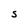
Character: S